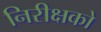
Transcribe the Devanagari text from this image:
निरीक्षको